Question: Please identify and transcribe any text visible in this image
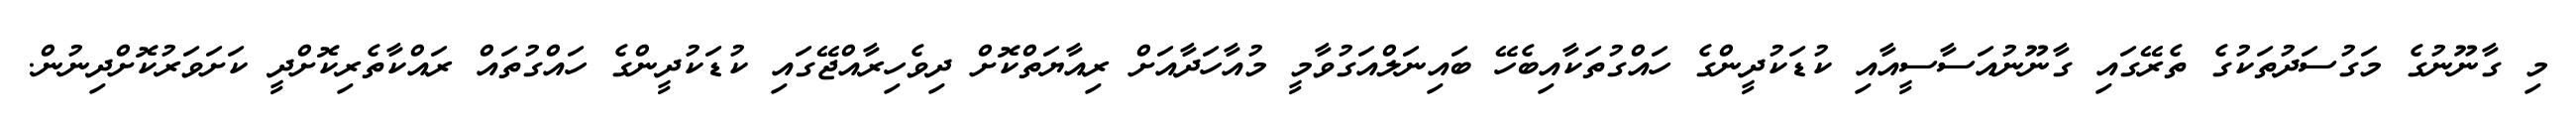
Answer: މި ގާނޫނުގެ މަގުސަދުތަކުގެ ތެރޭގައި ގާނޫނުއަސާސީއާއި ކުޑަކުދީންގެ ހައްގުތަކާއިބެހޭ ބައިނަލްއަގުވާމީ މުއާހަދާއަށް ރިއާޔަތްކޮށް ދިވެހިރާއްޖޭގައި ކުޑަކުދީންގެ ހައްގުތައް ރައްކާތެރިކޮށްދީ ކަށަވަރުކޮށްދިނުން.